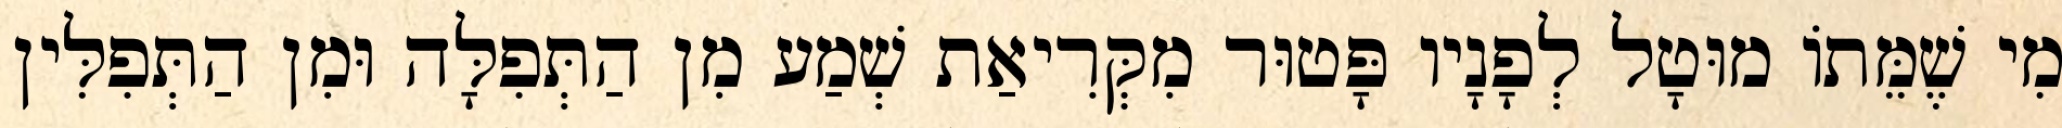
מִי שֶׁמֵּתוֹ מוּטָל לְפָנָיו פָּטוּר מִקְּרִיאַת שְׁמַע מִן הַתְּפִלָּה וּמִן הַתְּפִלִּין